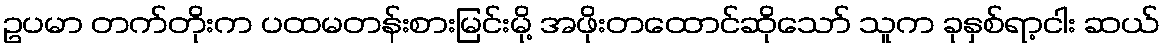
ဥပမာ တက်တိုးက ပထမတန်းစားမြင်းမို့ အဖိုးတထောင်ဆိုသော် သူက ခုနှစ်ရာ့ငါး ဆယ်